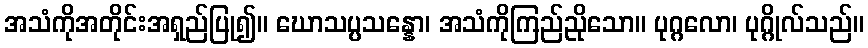
အသံကိုအတိုင်းအရှည်ပြု၍။ ဃောသပ္ပသန္နော၊ အသံကိုကြည်ညိုသော။ ပုဂ္ဂလော၊ ပုဂ္ဂိုလ်သည်။